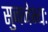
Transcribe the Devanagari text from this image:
सुजनेभ्यः